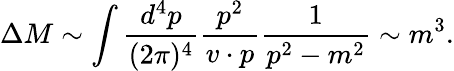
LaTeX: \Delta M\sim\int{\frac{d^{4}p}{(2\pi)^{4}}}{\frac{p^{2}}{v\cdot p}}{\frac{1}{p^{2}-m^{2}}}\sim m^{3}.